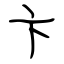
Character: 卞